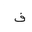
Letter: _fa